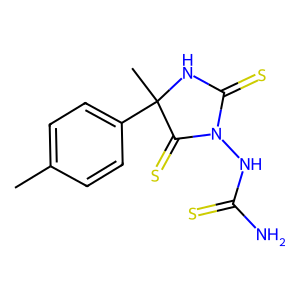
SMILES: Cc1ccc(C2(C)NC(=S)N(NC(N)=S)C2=S)cc1
Inhibits HIV replication: No